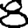
Digit: 8